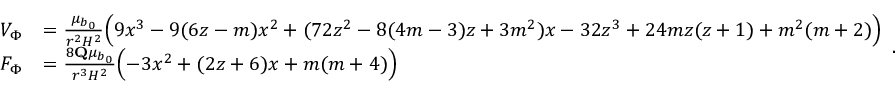
\begin{array} { r l } { V _ { \Phi } } & { = \frac { \mu _ { b _ { 0 } } } { r ^ { 2 } H ^ { 2 } } \Bigl ( 9 x ^ { 3 } - 9 ( 6 z - m ) x ^ { 2 } + ( 7 2 z ^ { 2 } - 8 ( 4 m - 3 ) z + 3 m ^ { 2 } ) x - 3 2 z ^ { 3 } + 2 4 m z ( z + 1 ) + m ^ { 2 } ( m + 2 ) \Bigr ) } \\ { F _ { \Phi } } & { = \frac { 8 \mathbf { Q } \mu _ { b _ { 0 } } } { r ^ { 3 } H ^ { 2 } } \Bigl ( - 3 x ^ { 2 } + ( 2 z + 6 ) x + m ( m + 4 ) \Bigr ) } \end{array} .